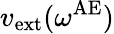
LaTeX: v_{\mathrm{ext}}(\omega^{\mathrm{AE}})